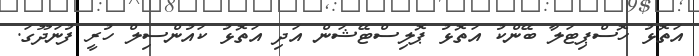
އަތޮޅު ހޮސްޕިޓަލާ ބޭންކު އަތޮޅު ޕޮލިސްޓޭޝަން އަދި އަތޮޅު ކައުންސިލް ހުރީ ފުނަދޫގަ.